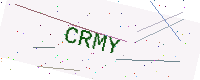
Text: CRMY